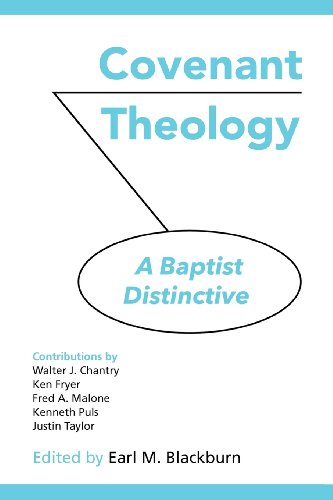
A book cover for COVENANT THEOLOGY: A Baptist Distinctive; Christian Books & Bibles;